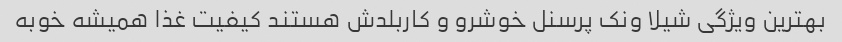
بهترین ویژگی شیلا ونک پرسنل خوشرو و کاربلدش هستند کیفیت غذا همیشه خوبه